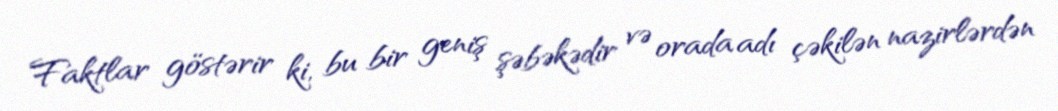
Faktlar göstərir ki, bu bir geniş şəbəkədir və orada adı çəkilən nazirlərdən